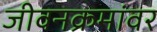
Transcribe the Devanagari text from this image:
जीवनक्रमांवर